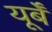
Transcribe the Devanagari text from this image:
यूर्बँ